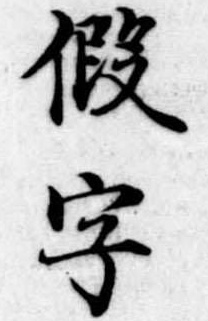
仮字